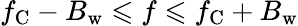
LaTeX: f_{\mathrm{C}}-B_{\mathrm{w}}\leqslant f\leqslant f_{\mathrm{C}}+B_{\mathrm{w}}